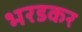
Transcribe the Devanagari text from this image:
भरडकर